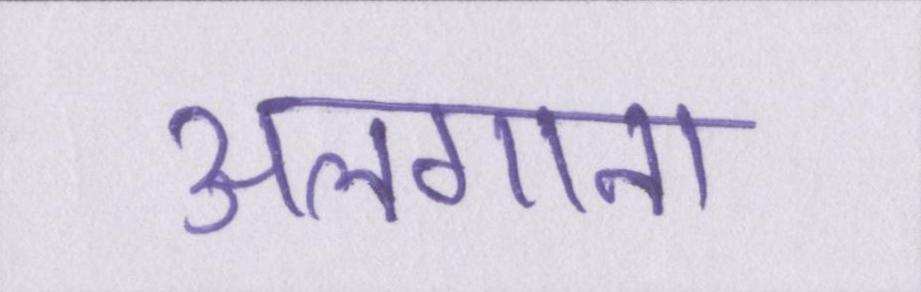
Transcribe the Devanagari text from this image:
अलगाना